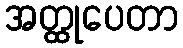
အတ္ထုပေတာ